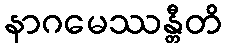
နာဂမေဿန္တီတိ